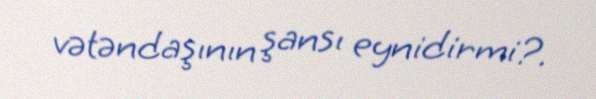
vətəndaşının şansı eynidirmi?.